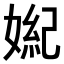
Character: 𪦏